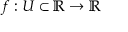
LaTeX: f : U \subset \mathbb { R } \to \mathbb { R }